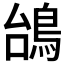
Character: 𱈥